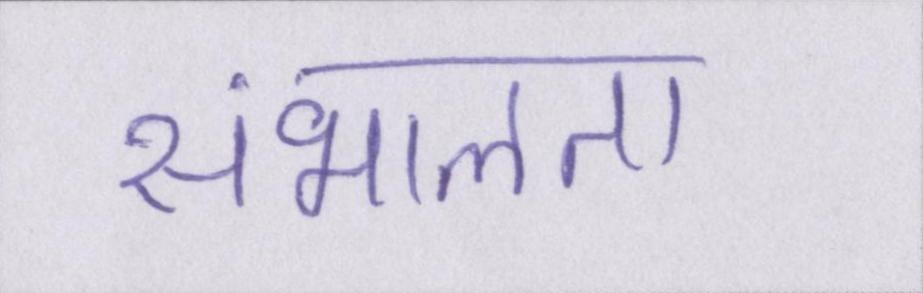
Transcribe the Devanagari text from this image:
संभालता